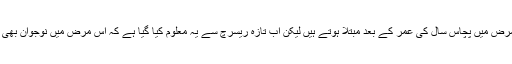
زیادہ تر انسان اس مرض میں پچاس سال کی عمر کے بعد مبتلا ہوتے ہیں لیکن اب تازہ ریسرچ سے یہ معلوم کیا گیا ہے کہ اس مرض میں نوجوان بھی مبتلا ہو سکتے ہیں۔